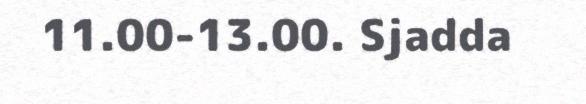
11.00-13.00. Sjadda